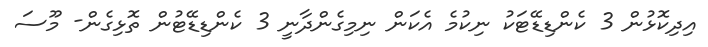
އިދިކޮޅުން 3 ކެންޑިޑޭޓަކު ނިކުމެ އެކަން ނިމިގެންދާނީ 3 ކެންޑިޑޭޓުން ތޮޅިގެން- މޫސަ